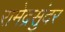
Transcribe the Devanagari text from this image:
रामेद्रसुंदर